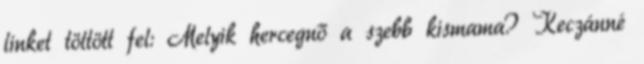
linket töltött fel: Melyik hercegnő a szebb kismama? Keczánné